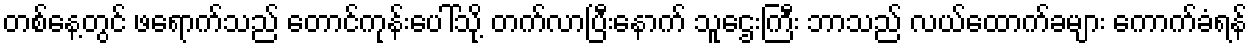
တစ်နေ့တွင် ဖရောက်သည် တောင်ကုန်းပေါ်သို့ တက်လာပြီးနောက် သူဌေးကြီး ဘာသည် လယ်ထောက်ခများ ကောက်ခံရန်